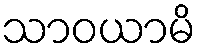
သာဝယာမိ